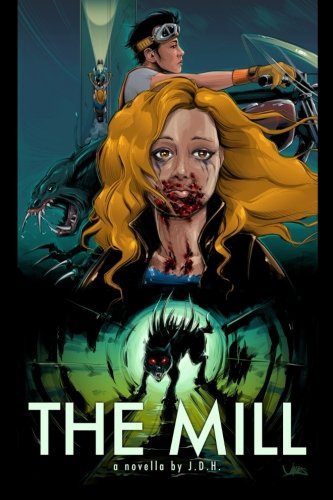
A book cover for The Mill; J D H; Science Fiction & Fantasy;